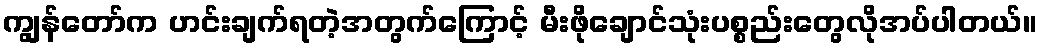
ကျွန်တော်က ဟင်းချက်ရတဲ့အတွက်ကြောင့် မီးဖိုချောင်သုံးပစ္စည်းတွေလိုအပ်ပါတယ်။